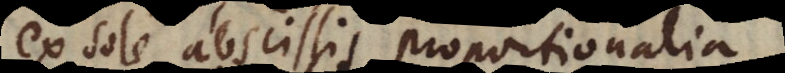
ex sole abscissis proportionalia,